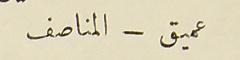
عمي
ق - المناصف